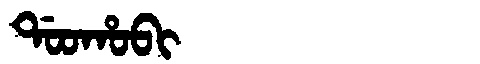
Manchu: ᡩᠣᠣᡥᠣᠪᡳ
Romanization: DOOHOBI